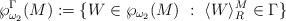
LaTeX: \begin{align*}\wp^\Gamma_{\omega_2}(M):=\{ W \in \wp_{\omega_2}(M) \ : \ \langle W \rangle^M_R \in \Gamma \}\end{align*}